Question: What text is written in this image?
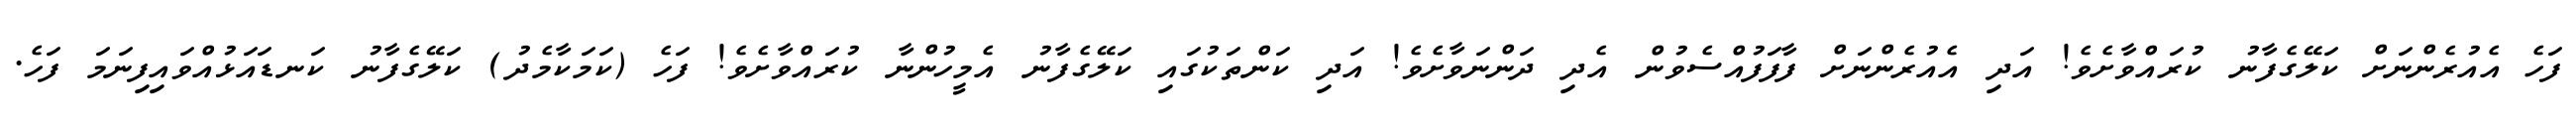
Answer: ފަހެ އެއުރެންނަށް ކަލޭގެފާނު ކުރައްވާށެވެ! އަދި އެއުރެންނަށް ފާފަފުއްސެވުން އެދި ދަންނަވާށެވެ! އަދި ކަންތަކުގައި ކަލޭގެފާނު އެމީހުންނާ ކުރައްވާށެވެ! ފަހެ (ކަމަކާމެދު) ކަލޭގެފާނު ކަނޑައަޅުއްވައިފިނަމަ ފަހެ.